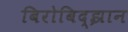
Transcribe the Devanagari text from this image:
बिरोबिद्झान